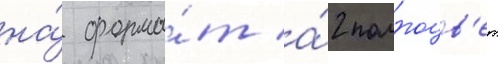
на́ форма́т а́2 полноцв'ет